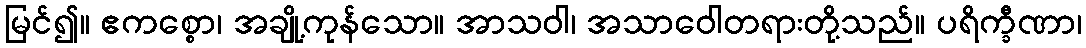
မြင်၍။ ဧကစ္စော၊ အချို့ကုန်သော။ အာသဝါ၊ အသာဝေါတရားတို့သည်။ ပရိက္ခီဏာ၊